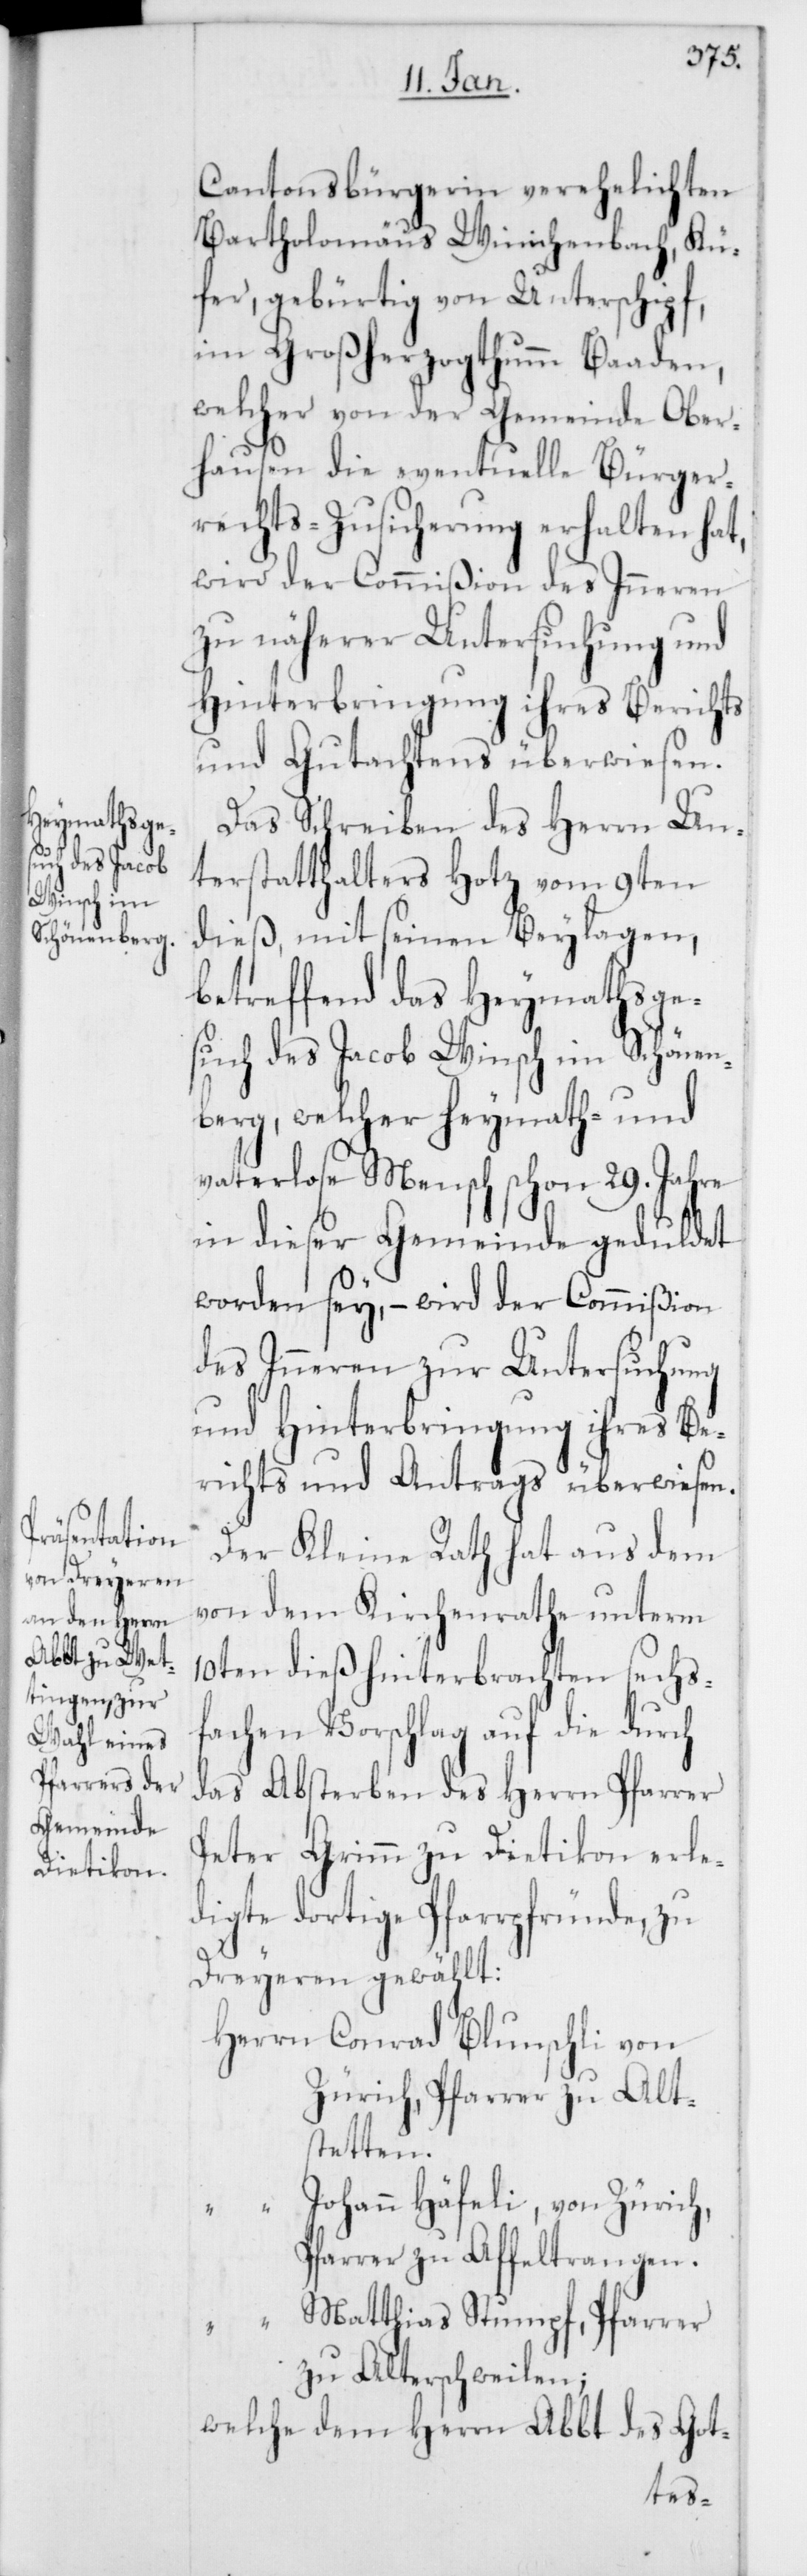
Cantonsbürgerin verehelichten
Bartholomäus Winichenbach, Kü¬
fer, gebürtig von Unterschipf,
im Großherzogthumm Baaden,
welcher von der Gemeinde Ober¬
hausen die eventuelle Bürger¬
rechts-Zusicherung erhalten hat,
wird der Commißion des Inneren
zu näherer Untersuchung und
Hinterbringung ihres Berichts
und Gutachtens überwiesen.
Das Schreiben des Herrn Un¬
terstatthalters Hotz vom 9ten
dieß, mit seinen Beylagen,
betreffend das Heymathsge¬
such des Jacob Winsch im Schönen¬
berg, welcher Heymath- und
vaterlose Mensch schon 29. Jahre
in dieser Gemeinde geduldet
worden sey, – wird der Commißion
des Inneren zur Untersuchung
und Hinterbringung ihres Be¬
richts und Antrags überwiesen.
Der Kleine Rath hat aus dem
von dem Kirchenrathe unterm
10ten dieß hinterbrachten sechs¬
fachen Vorschlag auf die durch
das Absterben des Herrn Pfarrer
Peter Grimm zu Dietikon erle¬
digte dortige Pfarrpfründe, zu
Dreyeren gewählt:
Herrn Conrad Blunschli von
Zürich, Pfarrer zu Alt¬
stetten.
Johann Häfeli, von Zürich,
Pfarrer zu Affeltrangen.
Matthias Stumpf, Pfarrer
zu Alterschweilen;
welche dem Herrn Abbt des Got-